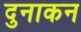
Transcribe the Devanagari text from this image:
दुनाकन